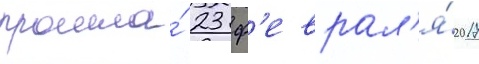
прошла́ 23 ф'еврал'я́ 2017